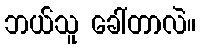
ဘယ်သူ ခေါ်တာလဲ။